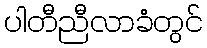
ပါတီညီလာခံတွင်